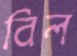
বিল